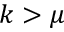
k > \mu